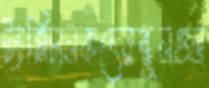
ট্যাক্সিচালকদেরস্কুলগুল